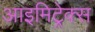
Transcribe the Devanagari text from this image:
आइमिट्रेक्स